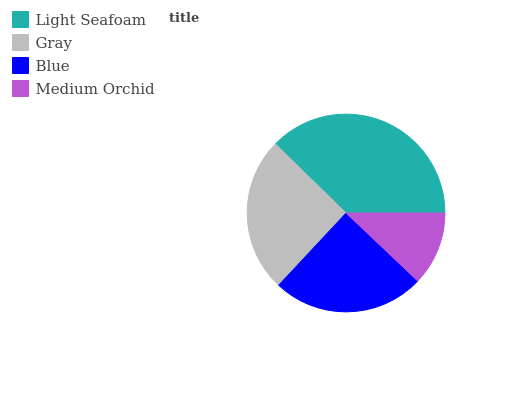
| Light Seafoam | Gray | Blue | Medium Orchid |
 | --- | --- | --- | --- |
 | 37.7% | 25.3% | 24.8% | 12.1% |